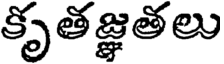
కృతజ్ఞతలు